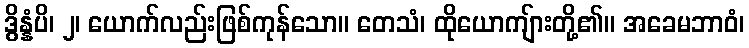
ဒွိန္နံပိ၊ ၂၊ ယောက်လည်းဖြစ်ကုန်သော။ တေသံ၊ ထိုယောကျ်ားတို့၏။ အခေမဘာဝံ၊